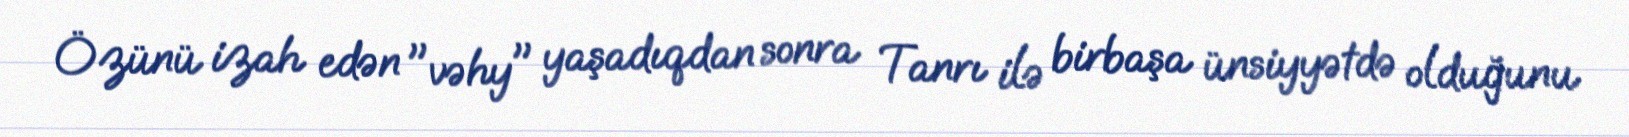
Özünü izah edən "vəhy" yaşadıqdan sonra Tanrı ilə birbaşa ünsiyyətdə olduğunu